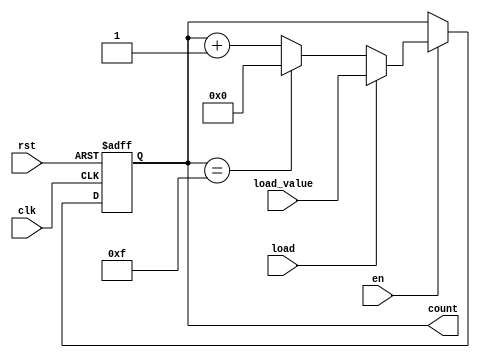
module MemoryBlocksBinaryCounter #(
    parameter WIDTH = 4,          // Bit width of the counter
    parameter MIN_VALUE = 0,      // Minimum count value
    parameter MAX_VALUE = 15       // Maximum count value (for a 4-bit counter, MAX_VALUE = 2^WIDTH - 1)
) (
    input wire clk,               // Clock signal
    input wire rst,               // Asynchronous reset
    input wire en,                // Enable signal
    input wire load,              // Load signal (optional)
    input wire [WIDTH-1:0] load_value, // Value to load into the counter
    output reg [WIDTH-1:0] count  // Counter output
);

    // Initial value of the counter
    initial begin
        count = MIN_VALUE;
    end

    // Counter logic
    always @(posedge clk or posedge rst) begin
        if (rst) begin
            // Asynchronous reset
            count <= MIN_VALUE;
        end else if (en) begin
            if (load) begin
                // Load specific value into counter
                count <= load_value;
            end else begin
                // Increment the counter with wrap around
                if (count == MAX_VALUE) begin
                    count <= MIN_VALUE;  // Wrap around to minimum
                end else begin
                    count <= count + 1;  // Increment
                end
            end
        end
    end

endmodule